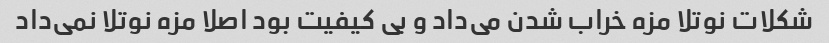
شکلات نوتلا مزه خراب شدن می‌داد و بی کیفیت بود اصلا مزه نوتلا نمی‌داد